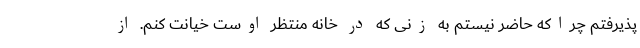
پذیرفتم چراکه حاضر نیستم به زنی که در خانه منتظر اوست خیانت کنم. از